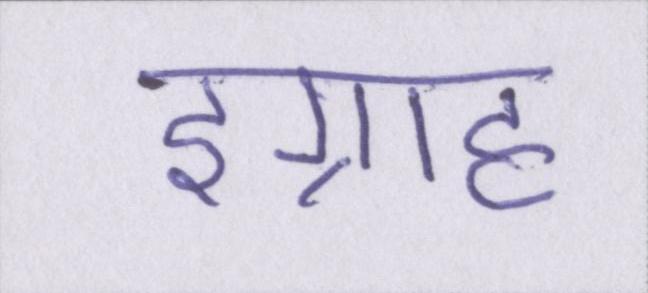
इग्राह